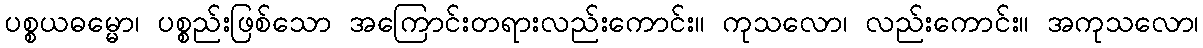
ပစ္စယဓမ္မော၊ ပစ္စည်းဖြစ်သော အကြောင်းတရားလည်းကောင်း။ ကုသလော၊ လည်းကောင်း။ အကုသလော၊